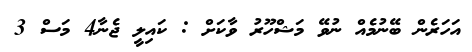
އަހަރެން ބޭނުމެއް ނުވޭ މަޝްހޫރު ވާކަށް : ކައިލީ ޖެނާ4 މަސް 3